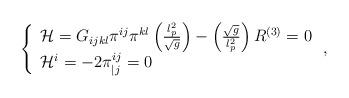
LaTeX: \begin{align*}\left\{ \begin{array}{l}{\cal H}=G_{ijkl}\pi ^{ij}\pi ^{kl}\left( \frac{l_{p}^{2}}{\sqrt{g}}\right)-\left( \frac{\sqrt{g}}{l_{p}^{2}}\right) R^{\left( 3\right) }=0 \\ {\cal H}^{i}=-2\pi _{|j}^{ij}=0\end{array}\right. , \end{align*}